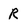
Character: R